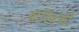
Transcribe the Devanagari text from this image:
बाल्हिकी